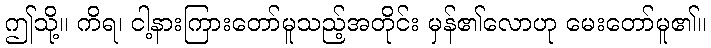
ဤသို့။ ကိရ၊ ငါ့နားကြားတော်မူသည့်အတိုင်း မှန်၏လောဟု မေးတော်မူ၏။